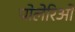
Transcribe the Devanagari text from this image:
पोलेरिओ